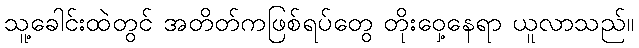
သူ့ခေါင်းထဲတွင် အတိတ်ကဖြစ်ရပ်တွေ တိုးဝှေ့နေရာ ယူလာသည်။